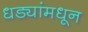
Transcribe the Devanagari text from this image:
धड्यांमधून